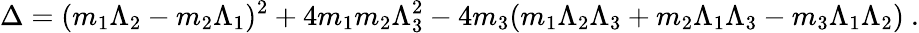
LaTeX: \Delta=(m_{1}\Lambda_{2}-m_{2}\Lambda_{1})^{2}+4m_{1}m_{2}\Lambda_{3}^{2}-4m_{3}(m_{1}\Lambda_{2}\Lambda_{3}+m_{2}\Lambda_{1}\Lambda_{3}-m_{3}\Lambda_{1}\Lambda_{2})~.